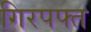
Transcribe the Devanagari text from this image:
गिरपफ्त